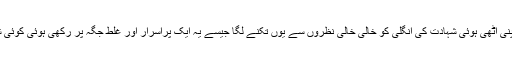
پھر وہ اپنی اٹھی ہوئی شہادت کی انگلی کو خالی خالی نظروں سے یوں تکنے لگا جیسے یہ ایک پراسرار اور غلط جگہ پر رکھی ہوئی کوئی شئے ہو۔